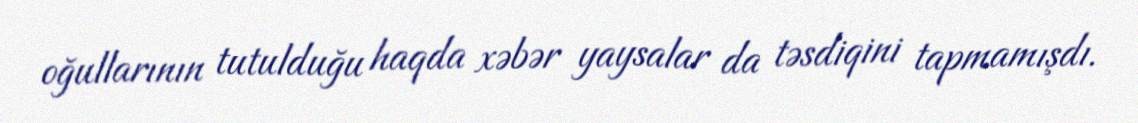
oğullarının tutulduğu haqda xəbər yaysalar da təsdiqini tapmamışdı.